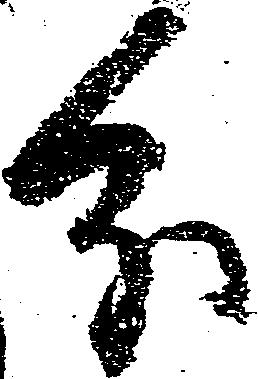
分